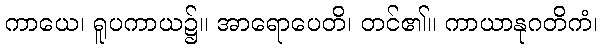
ကာယေ၊ ရူပကာယ၌။ အာရောပေတိ၊ တင်၏။ ကာယာနုဂတိကံ၊